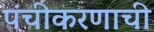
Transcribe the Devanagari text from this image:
पंचीकरणाची